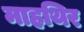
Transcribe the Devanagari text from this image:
माहथिर